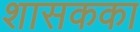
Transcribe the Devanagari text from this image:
शासकका